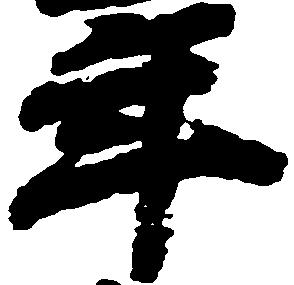
年